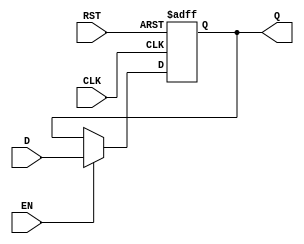
module StageRegister #(
    parameter WIDTH = 8  // Parameter for the width of the data input/output
)(
    input  wire [WIDTH-1:0] D,   // Data Input
    input  wire CLK,               // Clock Input
    input  wire RST,               // Reset Input
    input  wire EN,                // Enable Input
    output reg  [WIDTH-1:0] Q      // Data Output
);

    // Sequential logic block
    always @(posedge CLK or posedge RST) begin
        if (RST) begin
            Q <= {WIDTH{1'b0}};  // Asynchronously reset Q to zero
        end else if (EN) begin
            Q <= D;              // Capture data from D on clock edge if enabled
        end
        // If EN is low, Q retains its previous value
    end

endmodule